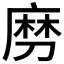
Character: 𠞧